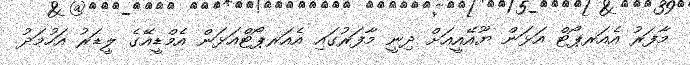
މާފަރު އެއަރޕޯޓް އަޅަން ޔޫއޭއީއަށް ދިނީ މާފަރުގައި އެއަރޕޯޓްއަޅަން އެމްޑީއޭގެ ލީޑަރު އަހުމަދު